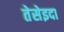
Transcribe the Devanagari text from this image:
तेसेइदा